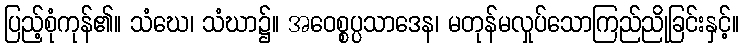
ပြည့်စုံကုန်၏။ သံဃေ၊ သံဃာ၌။ အဝေစ္စပ္ပသာဒေန၊ မတုန်မလှုပ်သောကြည်ညိုခြင်းနှင့်။